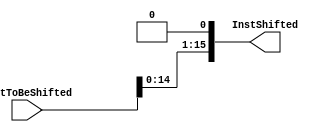
module st2_shift_left(
	input [15:0] InstToBeShifted,
	output reg [15:0] InstShifted
);
always @(*)
begin
	InstShifted = InstToBeShifted << 1;
end

endmodule